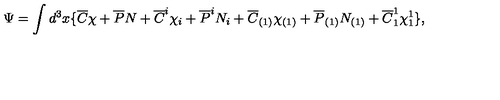
\Psi = \int d ^ { 3 } x \{ \overline { { C } } \chi + \overline { { P } } N + \overline { { C } } ^ { i } \chi _ { i } + \overline { { P } } ^ { i } N _ { i } + \overline { { C } } _ { ( 1 ) } \chi _ { ( 1 ) } + \overline { { P } } _ { ( 1 ) } N _ { ( 1 ) } + \overline { { C } } _ { 1 } ^ { 1 } \chi _ { 1 } ^ { 1 } \} ,